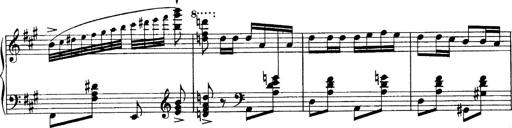
Title: Sonatina No.6
Composer: Ferruccio Busoni